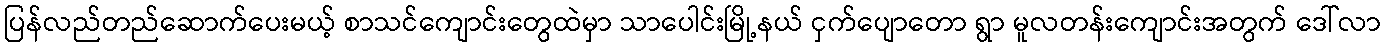
ပြန်လည်တည်ဆောက်ပေးမယ့် စာသင်ကျောင်းတွေထဲမှာ သာပေါင်းမြို့နယ် ငှက်ပျောတော ရွာ မူလတန်းကျောင်းအတွက် ဒေါ်လာ